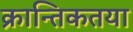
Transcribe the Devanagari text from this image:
क्रान्तिकतया